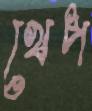
খেপ